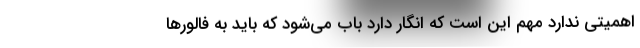
اهمیتی ندارد مهم این است که انگار دارد باب می‌شود که باید به فالورها